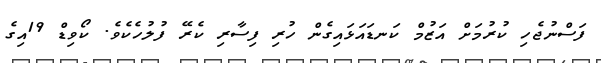
ފަސްނުޖެހި ކުރުމަށް އަޒުމް ކަނޑައަޅައިގެން ހުރި ފިސާރި ކެރޭ ފުލުހެކެވެ. ކޯވިޑް 19އިގެ